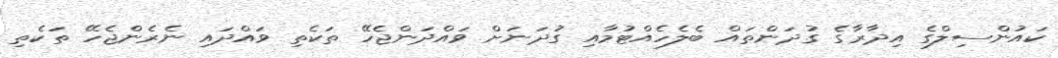
ކައުންސިލްގެ އިދާރާގެ ގުދަންތައް ބެލެހެއްޓުމާއި ގުދަނަށް ވައްދަންޖެހޭ ތަކެތި ވައްދައި ނެރެންޖެހޭ ތަކެތި